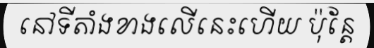
នៅទីតាំងខាងលើនេះហើយ ប៉ុន្តែ